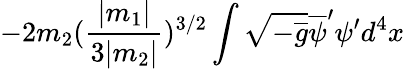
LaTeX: -2m_{2}(\frac{|m_{1}|}{3|m_{2}|})^{3/2}\int\sqrt{-\overline{{{g}}}}\overline{{{\psi}}}^{\prime}\psi^{\prime}d^{4}x